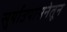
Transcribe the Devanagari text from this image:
सुर्याउपासनेतून